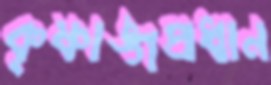
কৃষ্ণাঙ্গপ্রধান